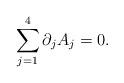
LaTeX: \begin{align*} \sum_{j=1}^4\partial_j A_j = 0.\end{align*}